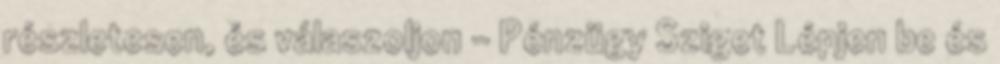
részletesen, és válaszoljon - Pénzügy Sziget Lépjen be és